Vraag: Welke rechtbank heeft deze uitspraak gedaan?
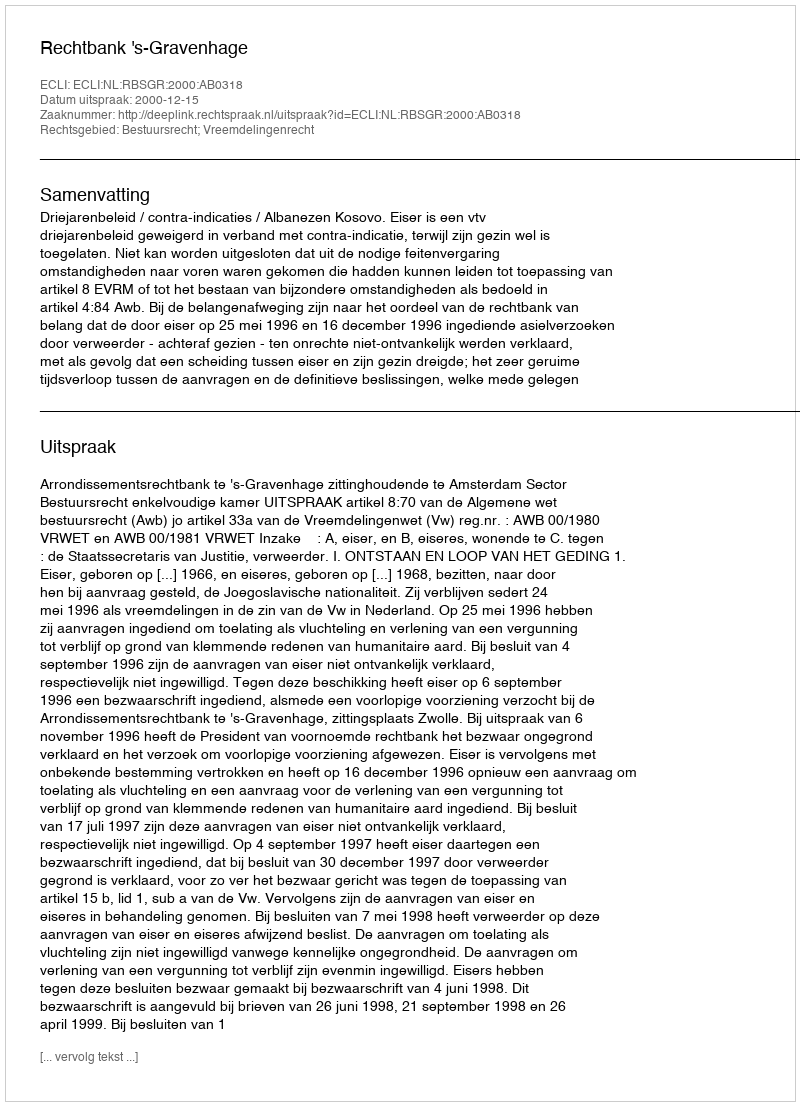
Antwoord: Rechtbank 's-Gravenhage